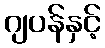
ဂျပန်နှင့်